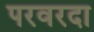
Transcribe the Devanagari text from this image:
परवरदा